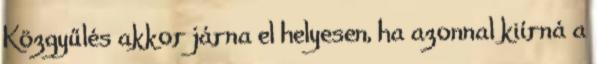
Közgyűlés akkor járna el helyesen, ha azonnal kiírná a